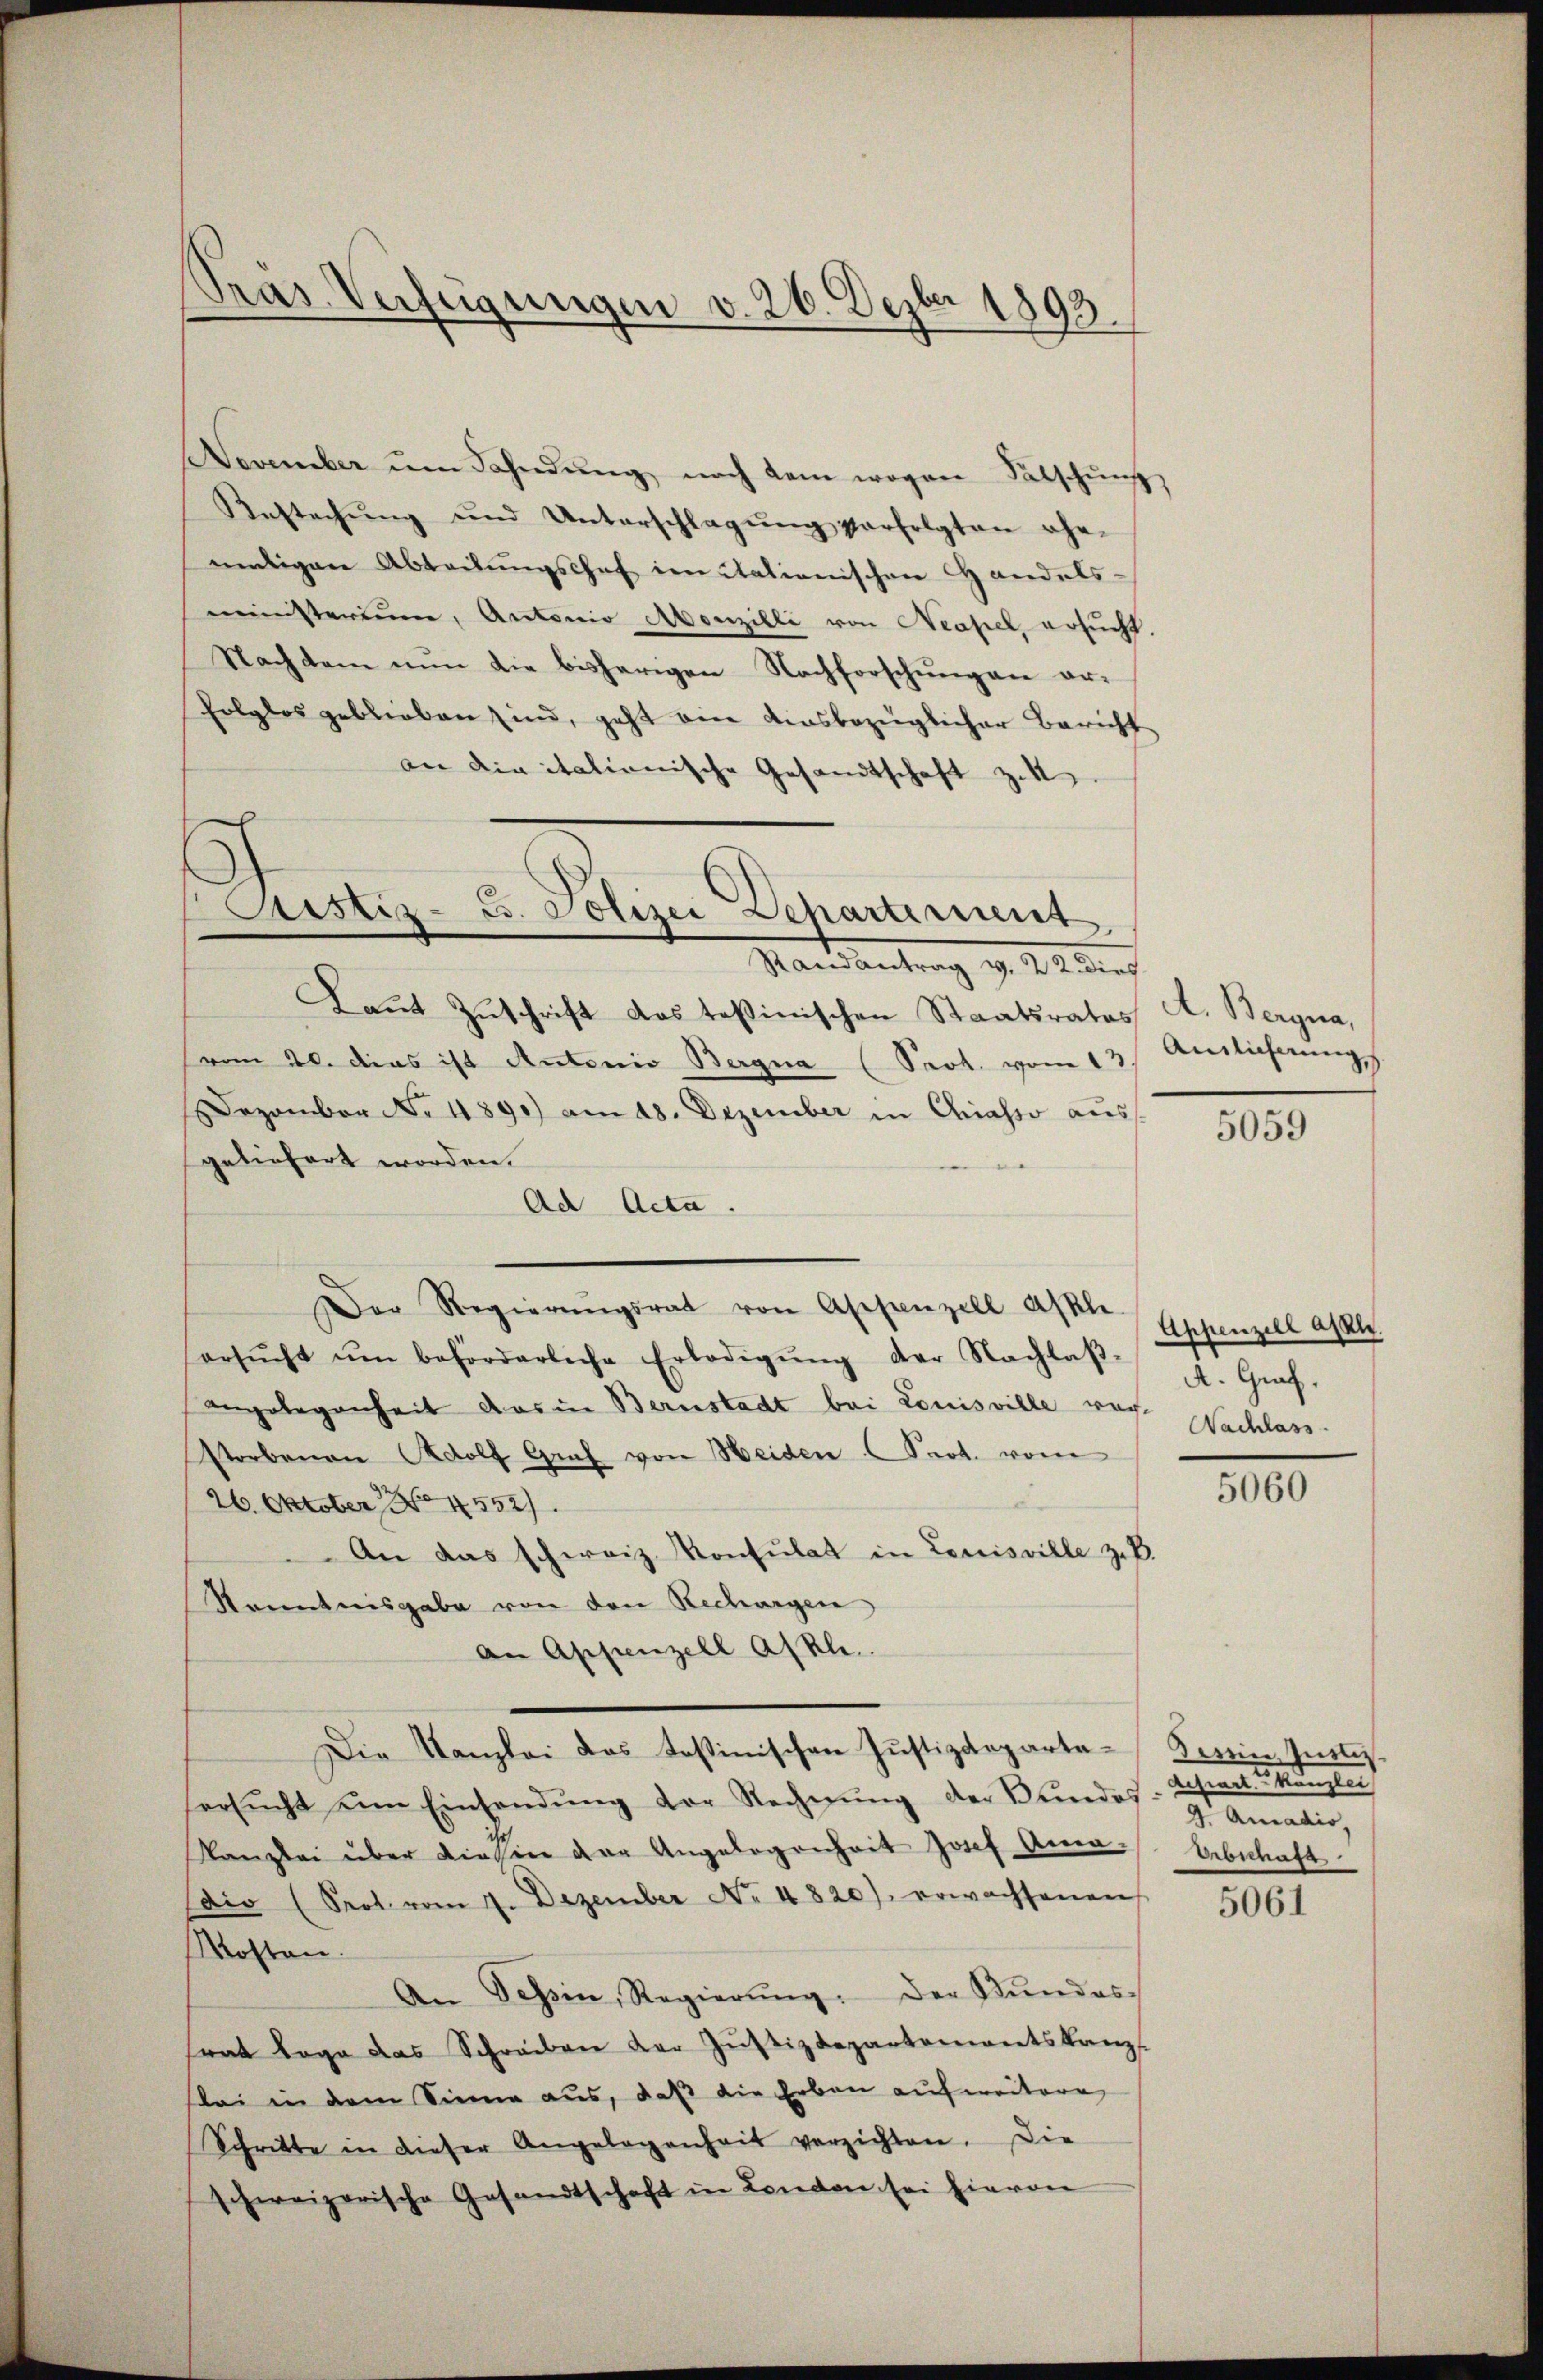
Präs. Verfügungen v. 26. Dezbr 1893.

Devember ŭm Fahndŭng nach dem wegen Patschŭng
Aestechŭng und Unterschlagŭng verfolgten ehe-
mütigen Abteilungschaf im Stationischen Handelsministerium, Antonio Abonzilli von Neapel, ersucht.
Nachdem nun die bisherigen Nachforschungen er¬
Polglos geblieben sind, geht ein diesbezüglicher Bericht
an die itationische Gesandtschaft z.
Justiz-C. Polizei Departement

Mand Antrag d. 22. die

Laut Zuschrift das Teßinischen Staatsrates A. Bergna,
vom 20. dies ist Antonio Bergna (Prot. vom 13.
Dezember No. 1890) am 18. Dezember in Chiasso aus
geliefert worden.
Ad Acta.
Der Regierŭngsrat von Appenzell Akten Appenzell alle
ersŭcht ŭm beförderliche Erledigŭng der Nachlaβ-
angelegenheit das in Bernstadt bei Louisville wege
Vorbenau Wolf Graf von Heiden (Prot. vom
26. Oktober No 4552.
An das schweiz. Konsulat in Louisville zuk
Kenntnisgabe von den Rechargen
an Appenzell Akl.
Die Kanzlei das Teßinischen Justizdeparteersŭcht ŭm Einsendŭng der Rechnŭng der Bundes matio
Kanzlei über diesen der Angelegenheit Josef Ama-
ir (Seol. vom 7. Dezember No. 4820) erwachsenen
Mosten.
An Tessin, Regierŭng. Der Stŭndes-
rat Loge das Schreiben der Zŭstizdepartementskanz
bei in dem Sinne aus, daß die Erbau aufweitere
Schritte in dieser Angelegenheit verzichten. Die
schweizerische Gesandtschaft in London sei hievon

Ainlicherung

5059

A. Graf.
Nachlass.

5060

Derin, Justiz
Lehraut sanglei
Erbschaft

5061